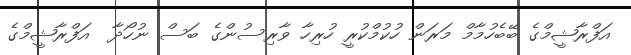
އަފްރާޝީމްގެ ބޭބެހުމާމް މަރަން ހުކުމްކުރީ ހުރިހާ ވާރިސުންގެ ބަސް ނުހޯދާ  އަފްރާޝީމްގެ